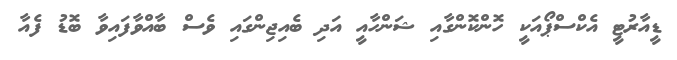
ޑީއާރުޓީ އެކްސްޕޯއަކީ ހޮންކޮންގާއި ޝަންހާއީ އަދި ބެއިޖިންގައި ވެސް ބާއްވާފައިވާ ބޮޑު ފެއާ